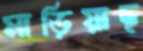
মাড়িয়াছ